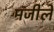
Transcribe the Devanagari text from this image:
मंजीलें